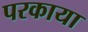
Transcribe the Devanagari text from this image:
परकाया